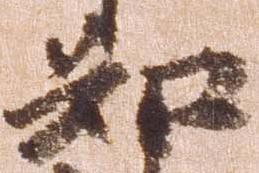
知